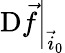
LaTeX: \left.\mathrm{D}\vec{f}\right|_{\vec{i}_{0}}